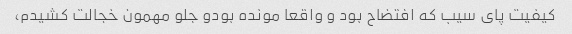
کیفیت پای سیب که افتضاح بود و واقعا مونده بودو جلو مهمون خجالت کشیدم،